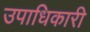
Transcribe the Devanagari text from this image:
उपाधिकारी